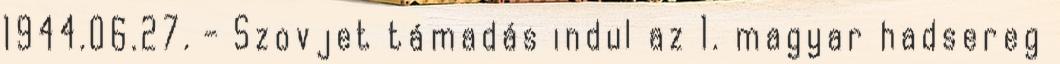
1944.06.27. - Szovjet támadás indul az 1. magyar hadsereg